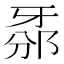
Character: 𤘊